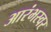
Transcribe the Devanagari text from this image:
आरंभस्वर